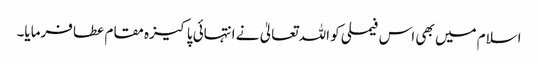
اسلام میں بھی اس فیملی کو اللہ تعالیٰ نے انتہائی پاکیزہ مقام عطا فرمایا۔